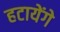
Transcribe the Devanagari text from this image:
हटायेंगे